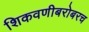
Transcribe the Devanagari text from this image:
शिकवणीबरोबरच